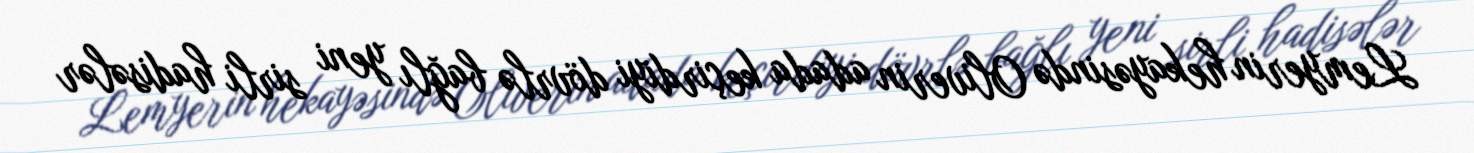
Lemyerin hekayəsində Oliverin adada keçirdiyi dövrlə bağlı yeni sirli hadisələr